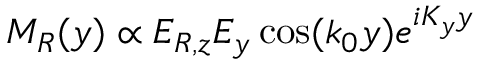
M _ { R } ( y ) \propto E _ { R , z } E _ { y } \cos ( k _ { 0 } y ) e ^ { i K _ { y } y }